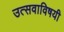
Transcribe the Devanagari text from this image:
उत्सवाविषयी